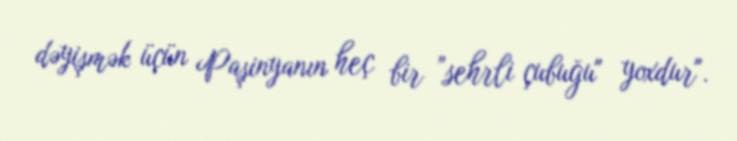
dəyişmək üçün Paşinyanın heç bir ”sehrli çubuğu" yoxdur".